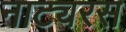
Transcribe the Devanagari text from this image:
नाट्यरस